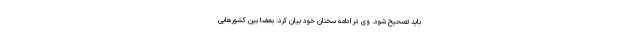
باید تصحیح شود. وی در ادامه سخنان خود بیان کرد: بعضا بین کشورهایی